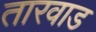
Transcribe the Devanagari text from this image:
तारवाड